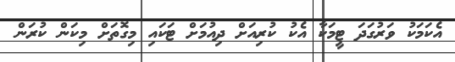
އެކަމަކު ވަރުގަދަ ޓީމަކާ އެކު ކުރިއަށް ދިއުމަށް ޓަކައި މިގޮތަށް މިކަން ކުރަން